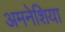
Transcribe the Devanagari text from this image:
अमनेशिया